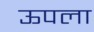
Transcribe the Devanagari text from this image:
ऊपला